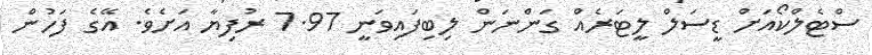
ސްޓެލްކޯއަށް ޑީސަލް ލީޓަރެއް ގަންނަން ލިބިފައިވަނީ 7.97 ރުފިޔާ އަށެވެ. އޭގެ ފަހުން